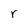
Character: r